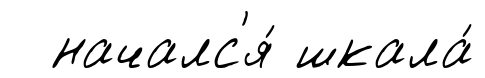
началс'я́ шкала́